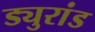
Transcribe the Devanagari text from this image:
ड्युरांड